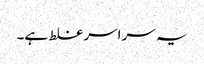
یہ سراسر غلط ہے۔